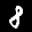
Label: 8